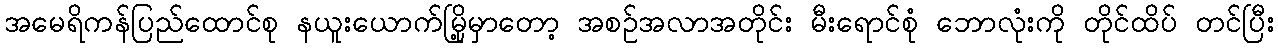
အမေရိကန်ပြည်ထောင်စု နယူးယောက်မြို့မှာတော့ အစဉ်အလာအတိုင်း မီးရောင်စုံ ဘောလုံးကို တိုင်ထိပ် တင်ပြီး